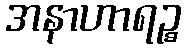
အနာဟာရဉ္စ